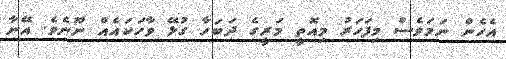
އެހެން ނަމަވެސް މިފަހަރު މިއޮތީ މަރީގެ ދަބަހާ ގުޅޭ ވާހަކައެއް ނޫނެވެ. އޭނާ